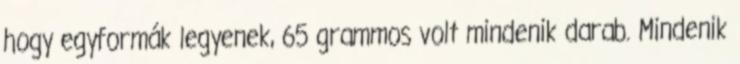
hogy egyformák legyenek, 65 grammos volt mindenik darab. Mindenik